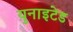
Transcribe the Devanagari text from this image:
य़ुनाइटेड